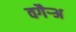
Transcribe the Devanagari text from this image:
वगैर्‍अ